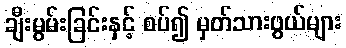
ချီးမွမ်းခြင်းနှင့် စပ်၍ မှတ်သားဖွယ်များ